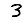
Digit: 3